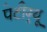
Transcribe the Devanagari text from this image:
पेटीग्र्यू